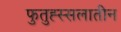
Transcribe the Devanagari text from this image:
फुतुह्स्सलातीन